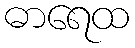
ဓာရေထ